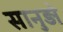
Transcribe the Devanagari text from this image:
सानुड़ो